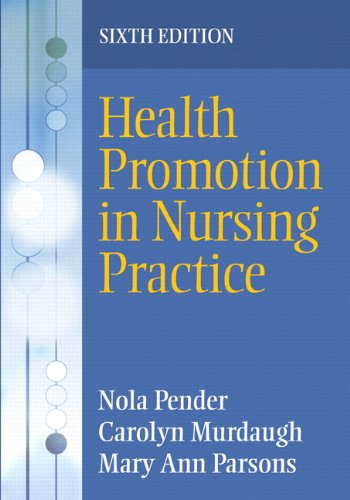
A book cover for Health Promotion in Nursing Practice (6th Edition); Nola J. Pender; Medical Books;